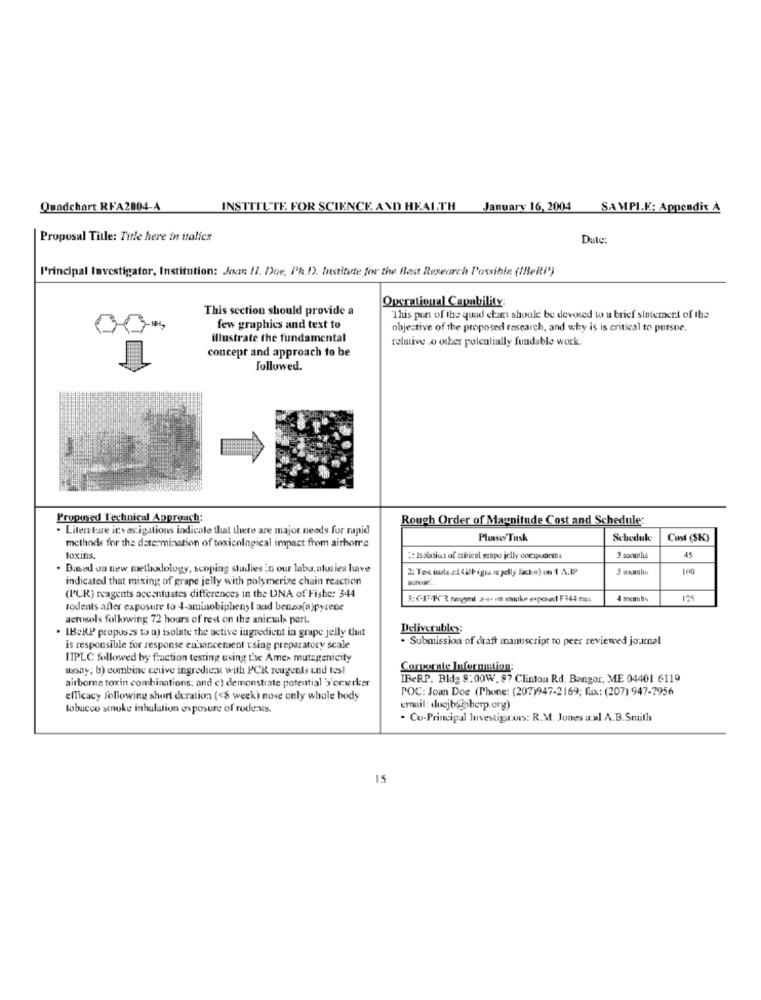
Quadchart RFA2004-A
INSTITUTE FOR SCIENCE AND HEALTH
January 16, 2004
SAMPI.K: Appendix A
Proposal Title: Title here in italics
Date:
l'rincipal Investigator, Institution: Joan Il. Doe, Ph.D). Institute for the Best Research Possible (IBeRI')
Operational Capability:
This section should provide a
This punt of the quad chart should be devoted to u brief statement of the
few graphics and text to
objective of the proposed research, and why is is critical to pursue.
illustrate the fundamental
relative .o other polculially fundable work.
concept and approach to be
followed.
Propused Technical Approach:
Rough Order of Magnitude Cost and Schedule:
· Literature investigations indicate that there are major needs for rapid
Plansei Task
Schedule
Cost (SK)
methods for the determination of toxicological impact from airhome
toxins.
:: Isolation of ambical erapo jelly conquermi
3 moomlis
45
. Based on new methodology, scoping studies in our laboratories have
100
indicated that mixing of grape jelly with polymerize chain reaction
(PCR) reagents accentuates differences in the DNA of Fisher 344
4 mesihs
rodents affer exposure to 4-aminobiphenyl and benzo(a)pyrene
aerosols following 72 hours of rest on the aniraals part.
. IBeRP proposes to a) isolate the active ingredient in grape jelly that
Deliverables:
. Submission of dratt manuscript to peer reviewed journal
is responsible for response enhancement using preparatory scale
IPLC followed by fraction testing using the Ames mutagenicity
assay; b) combine cetive ingredient with PCK reagents end test
Comoerate Information:
airborne toxin combinations: and c) demonstrate potential 'y'omerker
IBeRP. Bld2 8:00W. 87 Clinton Rd. Bangor, ME 04401 6119
POC: Joan Doe (Phone: (207)947-2169; fax: (207) 947-7956
efficacy following short duration (<8 week) nose only whole body
lobucco stnuke inhalation exposure of rode us.
email: dloojbogiberp.org)
- Cu-Principal Investigaons: R.M. Junes a: A.B.Smith
IS